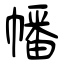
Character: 幡